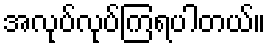
အလုပ်လုပ်ကြရပါတယ်။